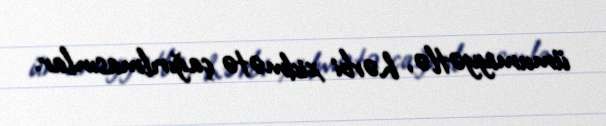
ümumiyyətlə, hərbi xidmətə çağırılmasınlar.